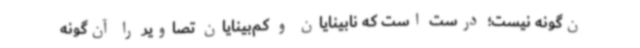
ن‌گونه نیست؛ درست است که نابینایان و کم‌بینایان تصاویر را آن‌گونه